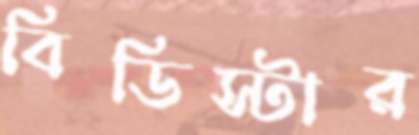
বিডিস্টার